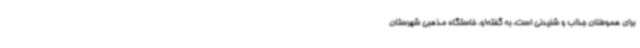
برای هموطنان جذاب و شنیدنی است. به گفته‌او، خاستگاه مذهبی شهرستان